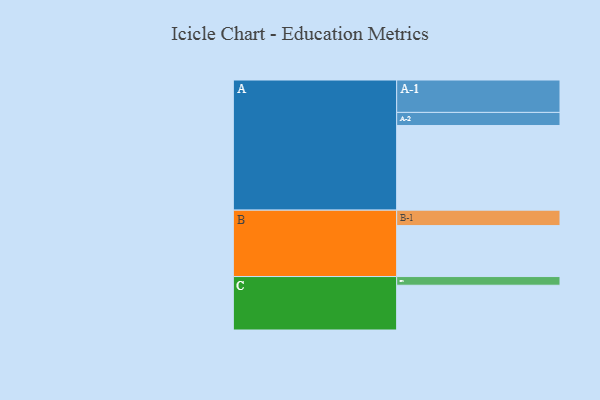
{"axis": {"x": "Segment", "y": "Value"}, "legend": ["", "A", "B", "C"], "data": [{"x": "A", "y": 575, "type": ""}, {"x": "B", "y": 346, "type": ""}, {"x": "C", "y": 304, "type": ""}, {"x": "A-1", "y": 220, "type": "A"}, {"x": "A-2", "y": 89, "type": "A"}, {"x": "B-1", "y": 105, "type": "B"}, {"x": "C-1", "y": 59, "type": "C"}]}